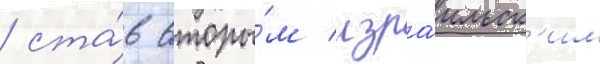
/ ста́в вторы́м изра́ильск'им